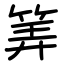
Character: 筭